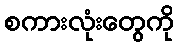
စကားလုံးတွေကို